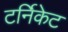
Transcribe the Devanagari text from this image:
टर्निकेट